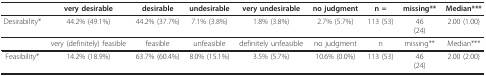
|  | very desirable | desirable | undesirable | very undesirable | no judgment | n = | missing** | Median*** |
 | --- | --- | --- | --- | --- | --- | --- | --- | --- |
 | Desirability* | 44.2% (49.1%) | 44.2% (37.7%) | 7.1% (3.8%) | 1.8% (3.8%) | 2.7% (5.7%) | 113 (53) | 46(24) | 2.00 (1.00) |
 |  | very (definitely) feasible | feasible | unfeasible | definitely unfeasible | no judgment | n | missing** | Median*** |
 | Feasibility* | 14.2% (18.9%) | 63.7% (60.4%) | 8.0% (15.1%) | 3.5% (5.7%) | 10.6% (0.0%) | 113 (53) | 46(24) | 2.00 (2.00) |